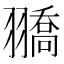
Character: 𦒓